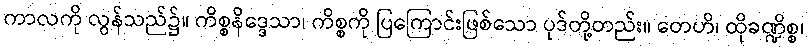
ကာလကို လွန်သည်၌။ ကိစ္စနိဒ္ဒေသာ၊ ကိစ္စကို ပြကြောင်းဖြစ်သော ပုဒ်တို့တည်း။ တေဟိ၊ ထိုခဏ္ဍိစ္စ၊